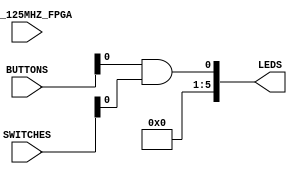
module z1top(
  input CLK_125MHZ_FPGA,
  input [3:0] BUTTONS,
  input [1:0] SWITCHES,
  output [5:0] LEDS
);
  and(LEDS[0], BUTTONS[0], SWITCHES[0]);
  assign LEDS[5:1] = 0;
endmodule